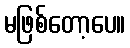
မဖြစ်တော့ပေ။